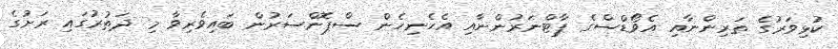
ކުޅިވަރުގެ ތަރިންނާއި އެވޯޑްސްގެ ޕާޓްނަރުންނާއި އެހެނިހެން ސްޕޮންސަރުން ބައިވެރިވާ މި ދަތުރުގައި ރަށުގެ